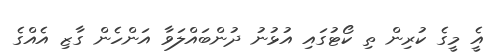
އެީ މީގެ ކުރިން ތި ކޯޓުގައި އުޅުނު ދުންބައްލަވާ އަންހެން ގާޒި އެއްގެ